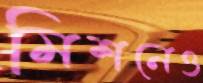
মিশনেও